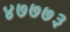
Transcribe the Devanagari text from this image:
४७७७३